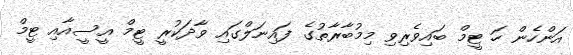
އަންހެން ހަ ޓީމް ބައިވެރިވި މިމުބާރާތުގެ ފައިނަލްގައިި ވާދަކުރީ ޓީމް އީސީއާއި ޓީމް